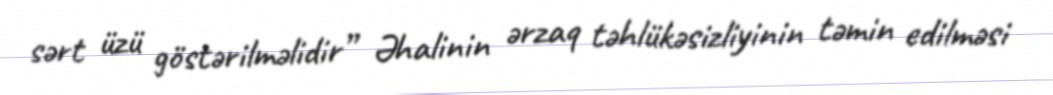
sərt üzü göstərilməlidir” Əhalinin ərzaq təhlükəsizliyinin təmin edilməsi